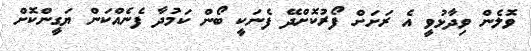
ވޮލެން ވިދާޅުވީ އެ ރަށަށް ފޯރުކޮށްދޭ ފެނަކީ ބޯން ކަމުދާ ފެނެއްކަން ޔަގީންކޮށް